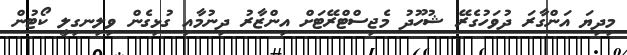
މިދިޔަ އަންގާރަ ދުވަހުގެރޭ ޝުހޫދު މެޖިސްޓްރޭޓަށް އިންޒާރު ދިނުމާއި ގުޅިގެން ވިލިނގިލީ ކޯޓުން